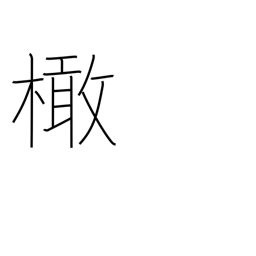
Meaning: olive